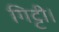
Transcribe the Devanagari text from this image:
गिट्टी।